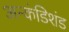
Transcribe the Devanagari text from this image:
अन्कंडिशंड